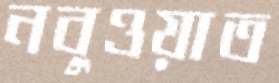
নবুওয়াত